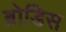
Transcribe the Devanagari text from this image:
ब्रोडिस